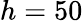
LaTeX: h=50